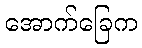
အောက်ခြေက